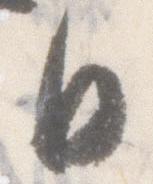
日